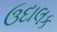
ઉદાલક